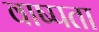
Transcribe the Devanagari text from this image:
वाष्पता